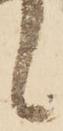
候